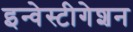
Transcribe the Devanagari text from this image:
इन्वेस्टीगेशन